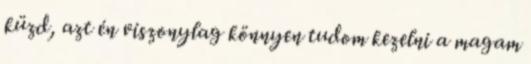
küzd, azt én viszonylag könnyen tudom kezelni a magam